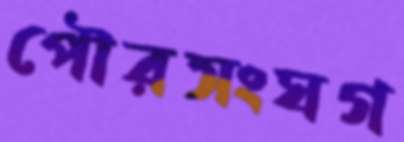
পৌরসংঘগ